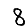
Digit: 8